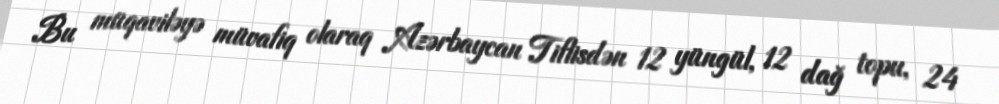
Bu müqaviləyə müvafiq olaraq Azərbaycan Tiflisdən 12 yüngül, 12 dağ topu, 24